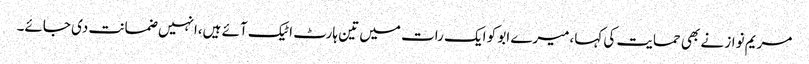
مریم نواز نے بھی حمایت کی کہا،میرے ابو کو ایک رات میں تین ہارٹ اٹیک آئے ہیں،انہیں ضمانت دی جائے۔